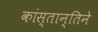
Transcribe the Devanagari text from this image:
कांस्तान्तिने